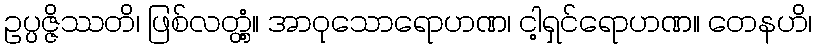
ဥပ္ပဇ္ဇိဿတိ၊ ဖြစ်လတ္တံ့။ အာဝုသောရောဟဏ၊ ငါ့ရှင်ရောဟဏ။ တေနဟိ၊